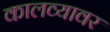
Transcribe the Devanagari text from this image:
कालव्यावर